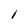
Character: I